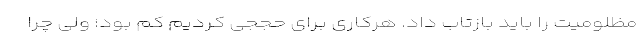
مظلومیت را باید بازتاب داد. هرکاری برای حججی کردیم کم بود؛ ولی چرا